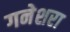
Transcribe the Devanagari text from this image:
गनेशरा